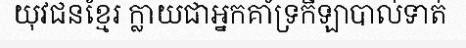
យុវជនខ្មែរ ក្លាយជាអ្នកគាំទ្រកីឡាបាល់ទាត់